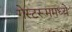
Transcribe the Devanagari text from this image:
गेस्टरूममध्ये